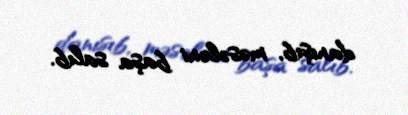
danışıb, məsələni başa salıb.